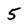
Character: 5